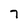
Character: 7